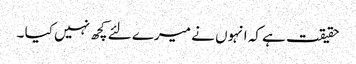
حقیقت ہے کہ انہوں نے میرے لئے کچھ نہیں کیا ۔